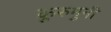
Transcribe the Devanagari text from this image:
कुरुमुनी